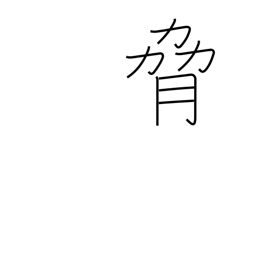
Meaning: coerce